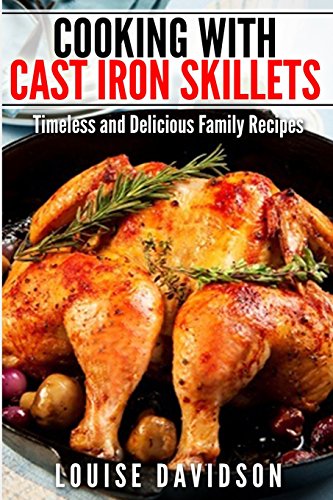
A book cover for Cooking with Cast Iron Skillets: Timeless and Delicious Family Recipes; Louise Davidson; Cookbooks, Food & Wine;